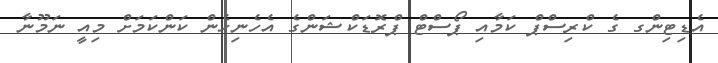
އެޑިޓިންގ ގެ ކްރިސްޕް ކަމާއި ޕޯސްޓް ޕްރޮޑަކްޝަންގެ އެހެނިހެން ކަންކަމަށް މިއީ ނަމޫނާ